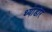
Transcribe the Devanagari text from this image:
थ्योडोर